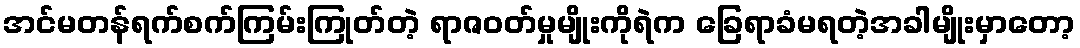
အင်မတန်ရက်စက်ကြမ်းကြုတ်တဲ့ ရာဇဝတ်မှုမျိုးကိုရဲက ခြေရာခံမရတဲ့အခါမျိုးမှာတော့